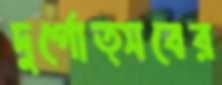
দুর্গোত্সবের